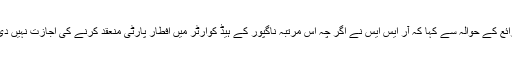
ذرائع کے حوالہ سے کہا کہ آر ایس ایس نے اگر چہ اس مرتبہ ناگپور کے ہیڈ کوارٹر میں افطار پارٹی منعقد کرنے کی اجازت نہیں دی ۔